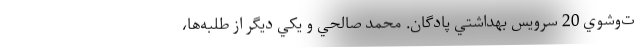
ت‌وشوي 20 سرويس بهداشتي پادگان. محمد صالحي و يكي ديگر از طلبه‌ها،